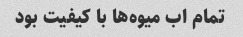
تمام اب میوه‌ها با کیفیت بود